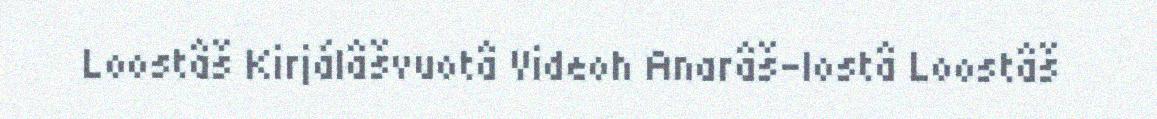
Loostâš Kirjálâšvuotâ Videoh Anarâš-lostâ Loostâš